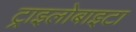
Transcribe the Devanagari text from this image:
ट्राइलोबाइटा